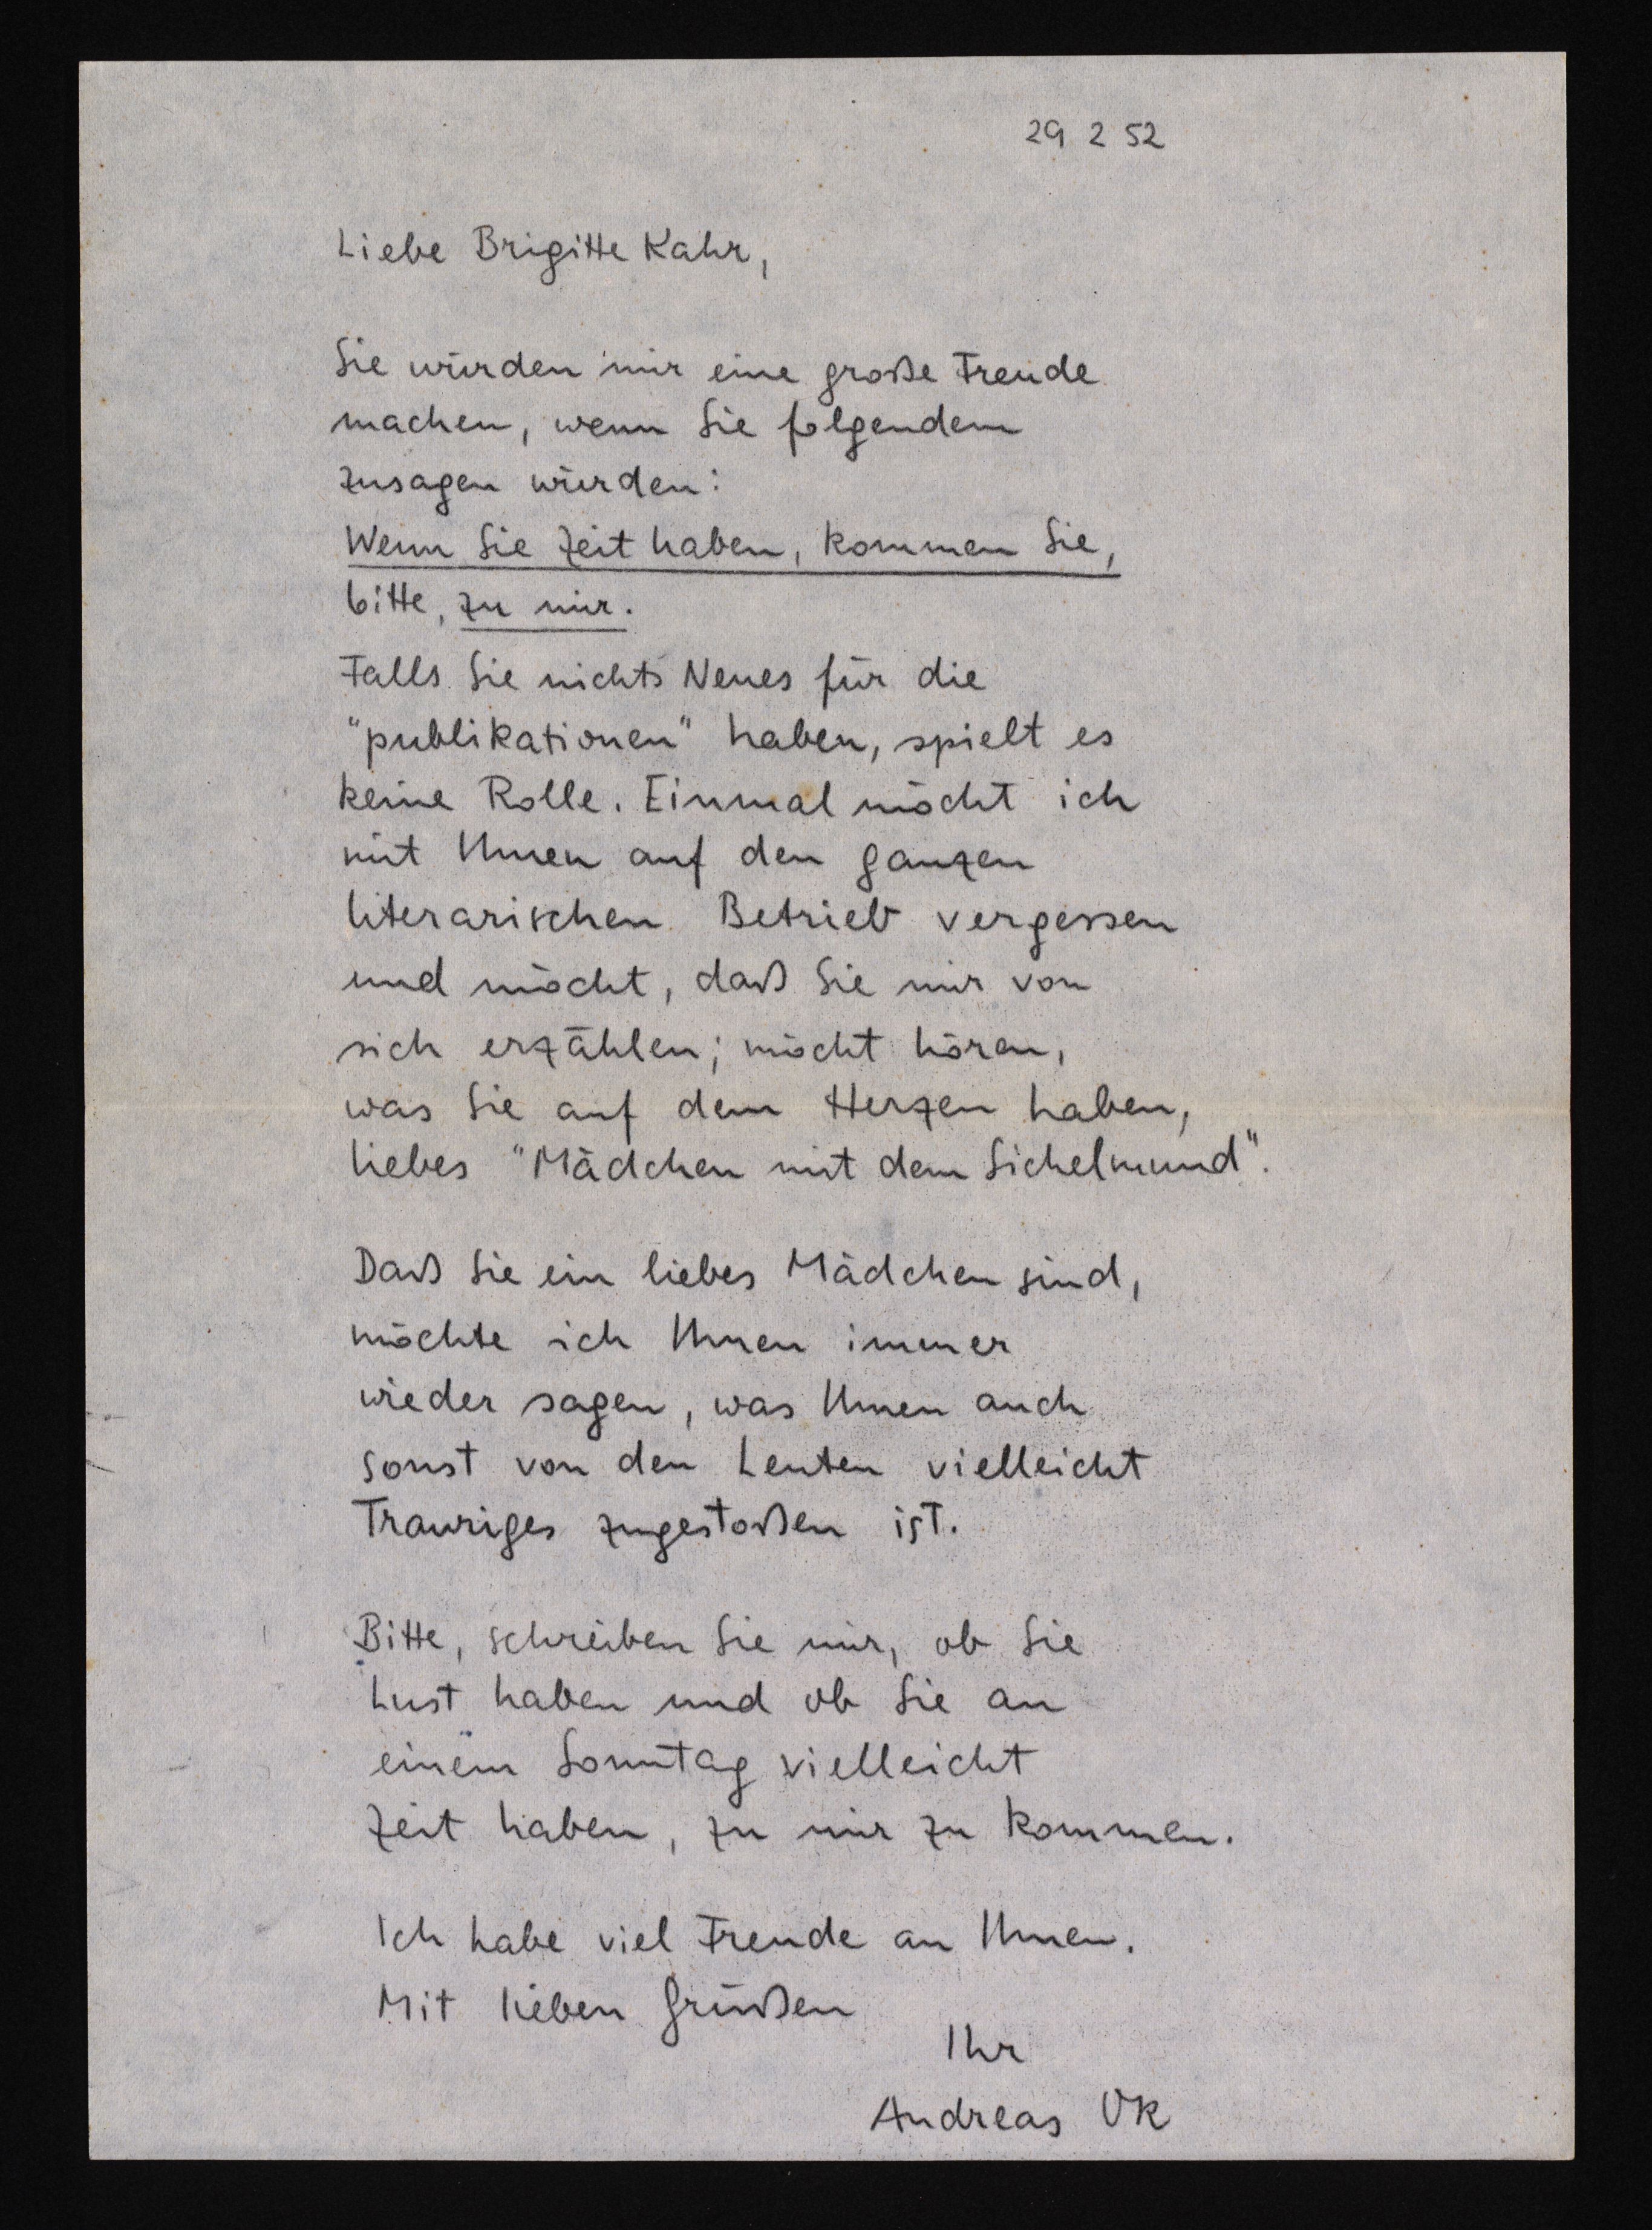
29 2 52
Liebe Brigitte Kahr,
Sie würden mir eine große Freude
machen, wenn Sie folgendem
zusagen würden:
Wenn Sie Zeit haben, kommen Sie,
bitte, zu mir.
Falls Sie nichts Neues für die
"publikationen" haben, spielt es
keine Rolle. Einmal möcht ich
mit Ihnen auf den ganzen
literarischen Betrieb vergessen
und möcht, daß Sie mir von
sich erzählen; möcht hören,
was Sie auf dem Herzen haben,
liebes "Mädchen mit dem Sichelmund".
Daß Sie ein liebes Mädchen sind,
möchte ich Ihnen immer
wieder sagen, was Ihnen auch
sonst von den Leuten vielleicht
Trauriges zugestoßen ist.
Bitte, schreiben Sie mir, ob Sie
Lust haben und ob Sie an
einem Sonntag vielleicht
Zeit haben, zu mir zu kommen.
Ich habe viel Freude an Ihnen.
Mit lieben Grüßen
Ihr
Andreas Ok